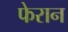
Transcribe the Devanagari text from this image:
फेरान